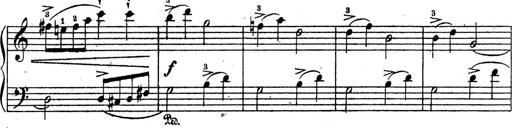
Title: 10 Sonatinas
Composer: Fritz Spindler